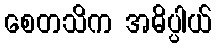
စေတသိက အဓိပ္ပါယ်